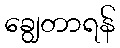
ချွေတာရန်